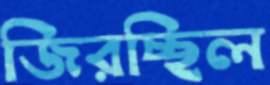
জিরচ্ছিল